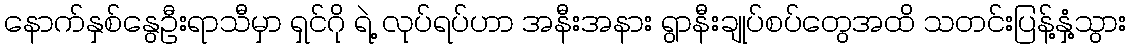
နောက်နှစ်နွေဦးရာသီမှာ ရှင်ဂို ရဲ့ လုပ်ရပ်ဟာ အနီးအနား ရွာနီးချုပ်စပ်တွေအထိ သတင်းပြန့်နှံ့သွား